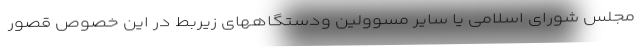
مجلس شورای اسلامی یا سایر مسوولین ودستگاههای زیربط در این خصوص قصور